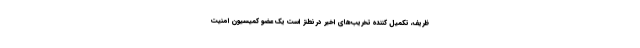
ظریف، تکمیل کننده تخریب‌های اخیر در نطنز است یک عضو کمیسیون امنیت